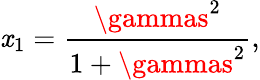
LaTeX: \mathit{x}_{1}=\frac{{\gammas^{2}}}{{1+\gammas^{2}}},